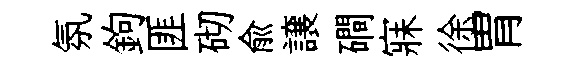
氛鉤匪砌俞譲磵寐徐胃